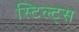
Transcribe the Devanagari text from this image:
स्टिल्ट्स